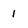
Character: 1